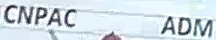
CNPAC ADM